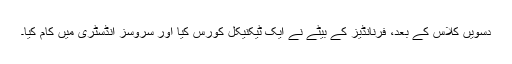
دسویں کلاس کے بعد، فرنانڈیز کے بیٹے نے ایک ٹیکنیکل کورس کیا اور سروسز انڈسٹری میں کام کیا۔